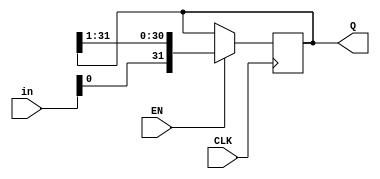
module reg_32bit(Q, in, CLK, EN);

parameter n = 32;
input EN;
input [31:0] in;
input CLK;
output [n-1:0] Q;
reg [n-1:0] Q;

initial
Q=32'd11111;
always @(posedge CLK)
begin
if (EN)
Q={in,Q[n-1:1]};
end
endmodule

module tb32reg;
reg [31:0] d;
reg clk,reset;
wire [31:0] q;
reg_32bit R(q,d,clk,reset);
always @(clk)
#5 clk<=~clk;
initial
$monitor($time,"q=%h",q);
initial
begin
clk= 1'b1;
reset=1'b0;//reset the register
#20 reset=1'b1;
#20 d=32'hAFAFAFAF;
#200 $finish;
end
endmodule

/*
module shiftregtest;
parameter n= 32;
reg EN,in , CLK;
wire [n-1:0] Q;
//reg [n-1:0] Q;
shiftreg shreg(EN,in,CLK,Q);
initial
begin
CLK=0;
end
always
#1 CLK=~CLK;
initial
$monitor($time,"EN=%b in= %b Q=%b\n",EN,in,Q);
initial
begin
in=0;EN=0;
#4 in=1;EN=1;
#4 in=1;EN=0;
#4 in=0;EN=1;
#5 $finish;
end
endmodule
*/